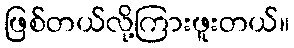
ဖြစ်တယ်လို့ကြားဖူးတယ်။